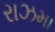
રાઝમા